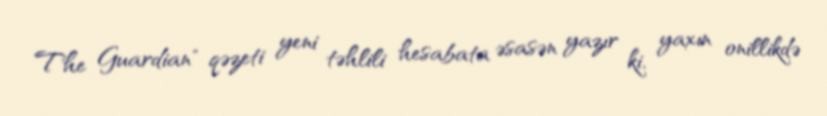
The Guardian" qəzeti yeni təhlili hesabata əsasən yazır ki, yaxın onillikdə